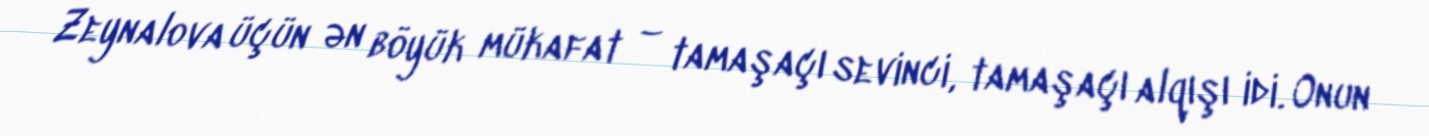
Zeynalova üçün ən böyük mükafat – tamaşaçı sevinci, tamaşaçı alqışı idi. Onun